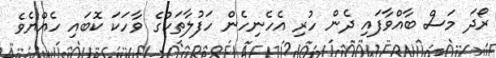
ރޯދަ މަސް ބާއްވާފައި ދެން ހުރި އެހެނިހެން ހަފުލާތަކުގެ ވާހަކަ ކޮބައި ހެއްޔެވެ